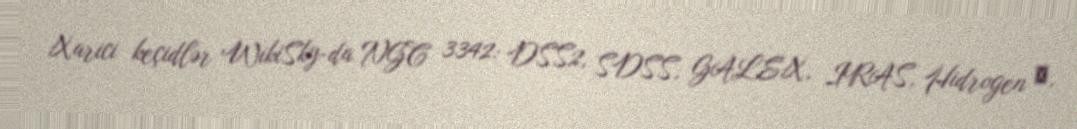
Xarici keçidlər WikiSky-da NGC 3342: DSS2, SDSS, GALEX, IRAS, Hidrogen α,